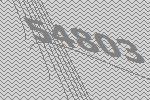
54803